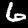
Digit: 6